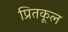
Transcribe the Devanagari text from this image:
प्रितकूल